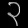
Digit: ၃